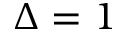
\Delta = 1